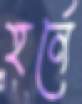
হর্নে